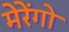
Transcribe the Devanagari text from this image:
मेरेंगो